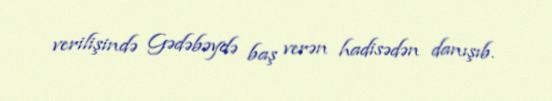
verilişində Gədəbəydə baş verən hadisədən danışıb.